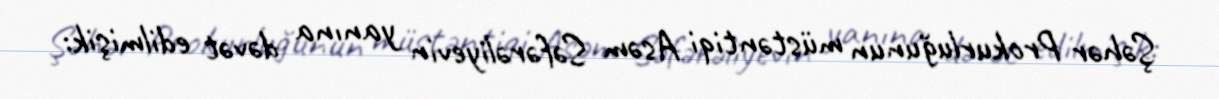
Şəhər Prokurluğunun müstəntiqi Asəm Səfərəliyevin yanına dəvət edilmişik: